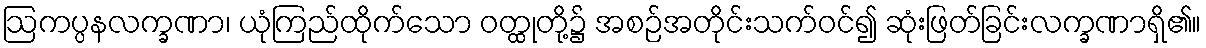
ဩကပ္ပနလက္ခဏာ၊ ယုံကြည်ထိုက်သော ဝတ္ထုတို့၌ အစဉ်အတိုင်းသက်ဝင်၍ ဆုံးဖြတ်ခြင်းလက္ခဏာရှိ၏။